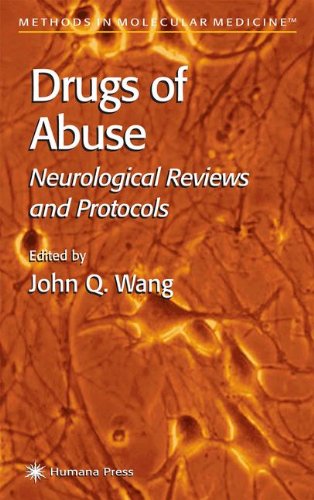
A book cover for Drugs of Abuse: Neurological Reviews and Protocols (Methods in Molecular Medicine); Medical Books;